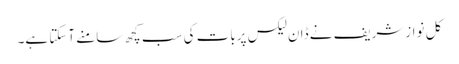
کل نوازشریف نے ڈان لیکس پربات کی سب کچھ سامنے آسکتا ہے۔